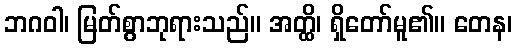
ဘဂဝါ၊ မြတ်စွာဘုရားသည်။ အတ္ထိ၊ ရှိတော်မူ၏။ တေန၊